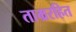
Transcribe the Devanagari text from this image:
ताम्ररहित